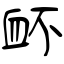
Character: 衃